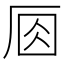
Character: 𠩛